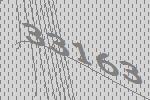
33163